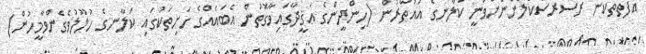
އެފޮތްތަކުން ރަސްރަސްކަލުންނަށްވަނީ ކަލާނގެ އައުތާރުން (ހިންދީންގެ ޢަޤީދާގައިވާގޮތުން އެބައެއްގެ ހަށިތަކުގައި ކަލާނގެ ހުލޫލުވެގެންވާމީހުން)